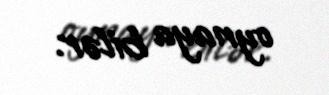
oynaya bilər.